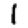
Digit: 1